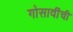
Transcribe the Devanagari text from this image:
गोसावींची